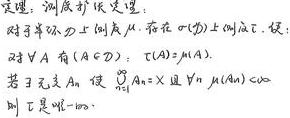
定理：测度扩张定理：
对于半环 \(\mathcal{S}\) 上测度 \(\mu\)，存在在 \(\sigma(\mathcal{S})\) 上测度 \(\tilde{\mu}\)，使得
对 \(\forall A \in \mathcal{S}\)，\(\tilde{\mu}(A)=\mu(A)\)。
若 \(\mu\) 是 \(\sigma -\) 有限，\(\bigvee_{n = 1}^{\infty}A_n = X\) 且 \(\forall n,\mu(A_n)<\infty\)，
则上述 \(\tilde{\mu}\) 唯一。